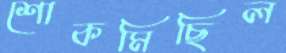
শোকমিছিল